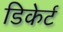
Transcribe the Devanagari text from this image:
डिकेर्ट